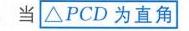
当\(\triangle PCD\)为直角